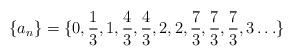
\begin{align*}\{a_n\}=\{0,\frac 13,1,\frac 43,\frac 43,2,2,\frac 73,\frac 73,\frac73,3\ldots\}\end{align*}